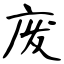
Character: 废